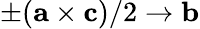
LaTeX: \pm({\mathbf a}\times{\mathbf c})/2\rightarrow{\mathbf b}